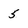
Character: 5